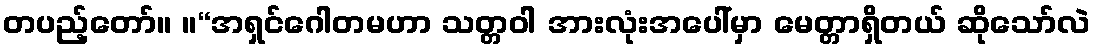
တပည့်တော်။ ။“အရှင်ဂေါတမဟာ သတ္တဝါ အားလုံးအပေါ်မှာ မေတ္တာရှိတယ် ဆိုသော်လဲ